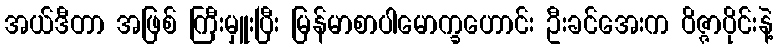
အယ်ဒီတာ အဖြစ် ကြီးမှူးပြီး မြန်မာစာပါမောက္ခဟောင်း ဦးခင်အေးက ဝိဇ္ဇာပိုင်းနဲ့